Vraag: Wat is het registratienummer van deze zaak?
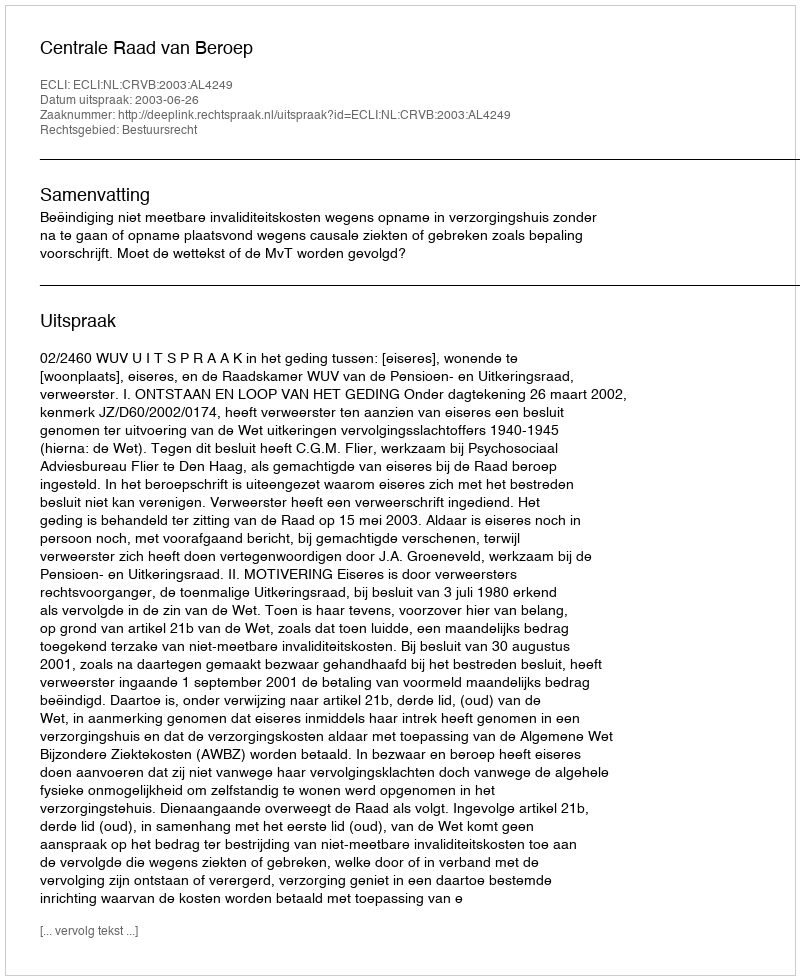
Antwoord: http://deeplink.rechtspraak.nl/uitspraak?id=ECLI:NL:CRVB:2003:AL4249